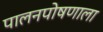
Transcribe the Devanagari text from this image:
पालनपोषणाला